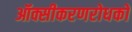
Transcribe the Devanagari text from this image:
ऑक्सीकरणरोधकों